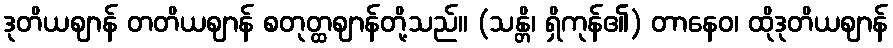
ဒုတိယဈာန် တတိယဈာန် စတုတ္ထဈာန်တို့သည်။ (သန္တိ၊ ရှိကုန်၏) တာနေဝ၊ ထိုဒုတိယဈာန်